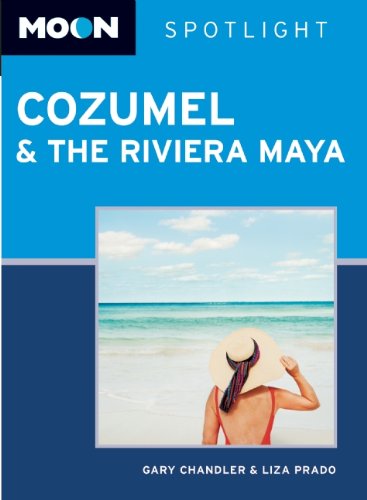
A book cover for Moon Spotlight Cozumel and the Riviera Maya; Gary Chandler; Travel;